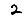
Digit: 2